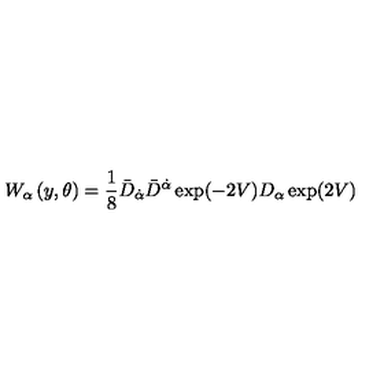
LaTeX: W _ { \alpha } \left( y , \theta \right) = \frac { 1 } { 8 } \bar { D } _ { \dot { \alpha } } \bar { D } ^ { \dot { \alpha } } \exp ( - 2 V ) D _ { \alpha } \exp ( 2 V )